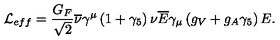
{ \cal L } _ { e f f } = \frac { G _ { F } } { \sqrt { 2 } } \overline { { \nu } } \gamma ^ { \mu } \left( 1 + \gamma _ { 5 } \right) \nu \overline { { E } } \gamma _ { \mu } \left( g _ { V } + g _ { A } \gamma _ { 5 } \right) E .